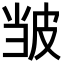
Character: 𫵃